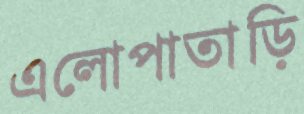
এলোপাতাড়ি